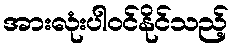
အားလုံးပါဝင်နိုင်သည့်